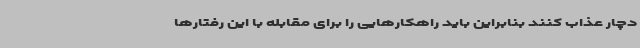
دچار عذاب کنند بنابراین باید راهکارهایی را برای مقابله با این رفتارها